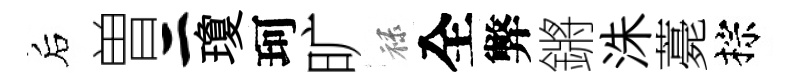
后曽二瓊珂旷禄全弊鏘洙薧棕